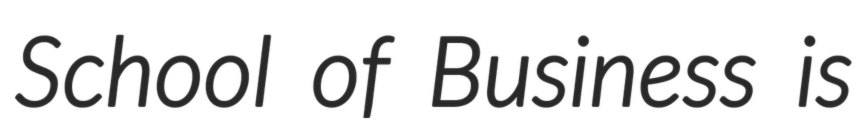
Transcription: School of Business is